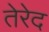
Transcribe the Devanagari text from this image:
तेरेद